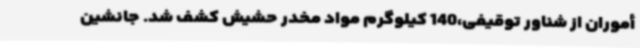
أموران از شناور توقیفی،140 کیلوگرم مواد مخدر حشیش کشف شد. جانشین